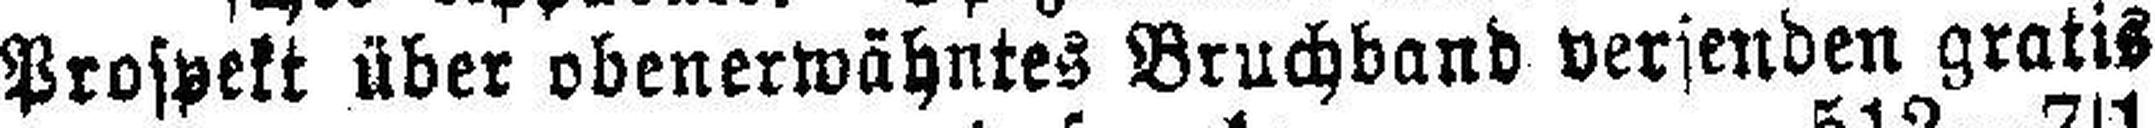
Prospekt über obenerwähntes Bruchband versenden gratis